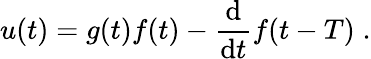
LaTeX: u(t)=g(t)f(t)-\frac{\mathrm{d}}{\mathrm{d}t}f(t-T)\; .